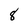
Character: 8